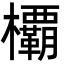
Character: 𣠽